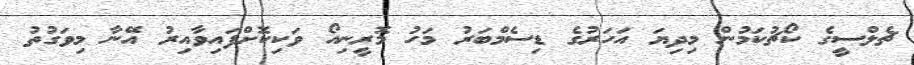
ޗެލްސީގެ ކޯޗުކަމުން މިދިޔަ އަހަރުގެ ޑިސެމްބަރު މަހު މޮރީނިއޯ ވަކިކޮށްފައިވާއިރު އޭނާ މިވަގުތު